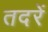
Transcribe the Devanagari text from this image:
तदरें